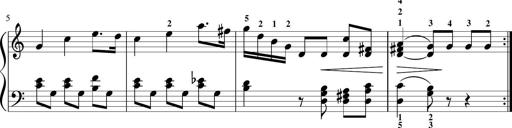
Title: Sonatina in G major
Composer: Friedrich Kuhlau
Key: G major